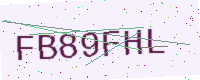
Text: FB89FHL